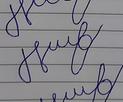
Signature authenticity: forged